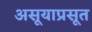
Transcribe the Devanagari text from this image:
असूयाप्रसूत